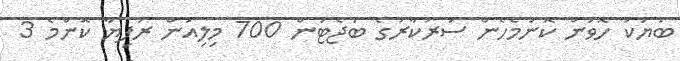
ބަޔަކު ހޮވަން ކޮންމެހެން ސަރުކާރުގެ ބަޖެޓުން 700 މިލިއަން ރުފިޔާ ކޮންމެ 3